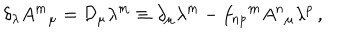
\delta _ { \lambda } A ^ { m } { } _ { \mu } = { \cal D } _ { \mu } \lambda ^ { m } \equiv \partial _ { \mu } \lambda ^ { m } - f _ { n p } { } ^ { m } A ^ { n } { } _ { \mu } \lambda ^ { p } \, ,